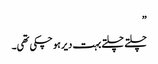
”
چلتے چلتے بہت دیر ہو چکی تھی۔